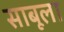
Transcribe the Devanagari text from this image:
साबूला